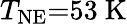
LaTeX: T_{\mathrm{NE}}{=}53\ \mathrm{K}